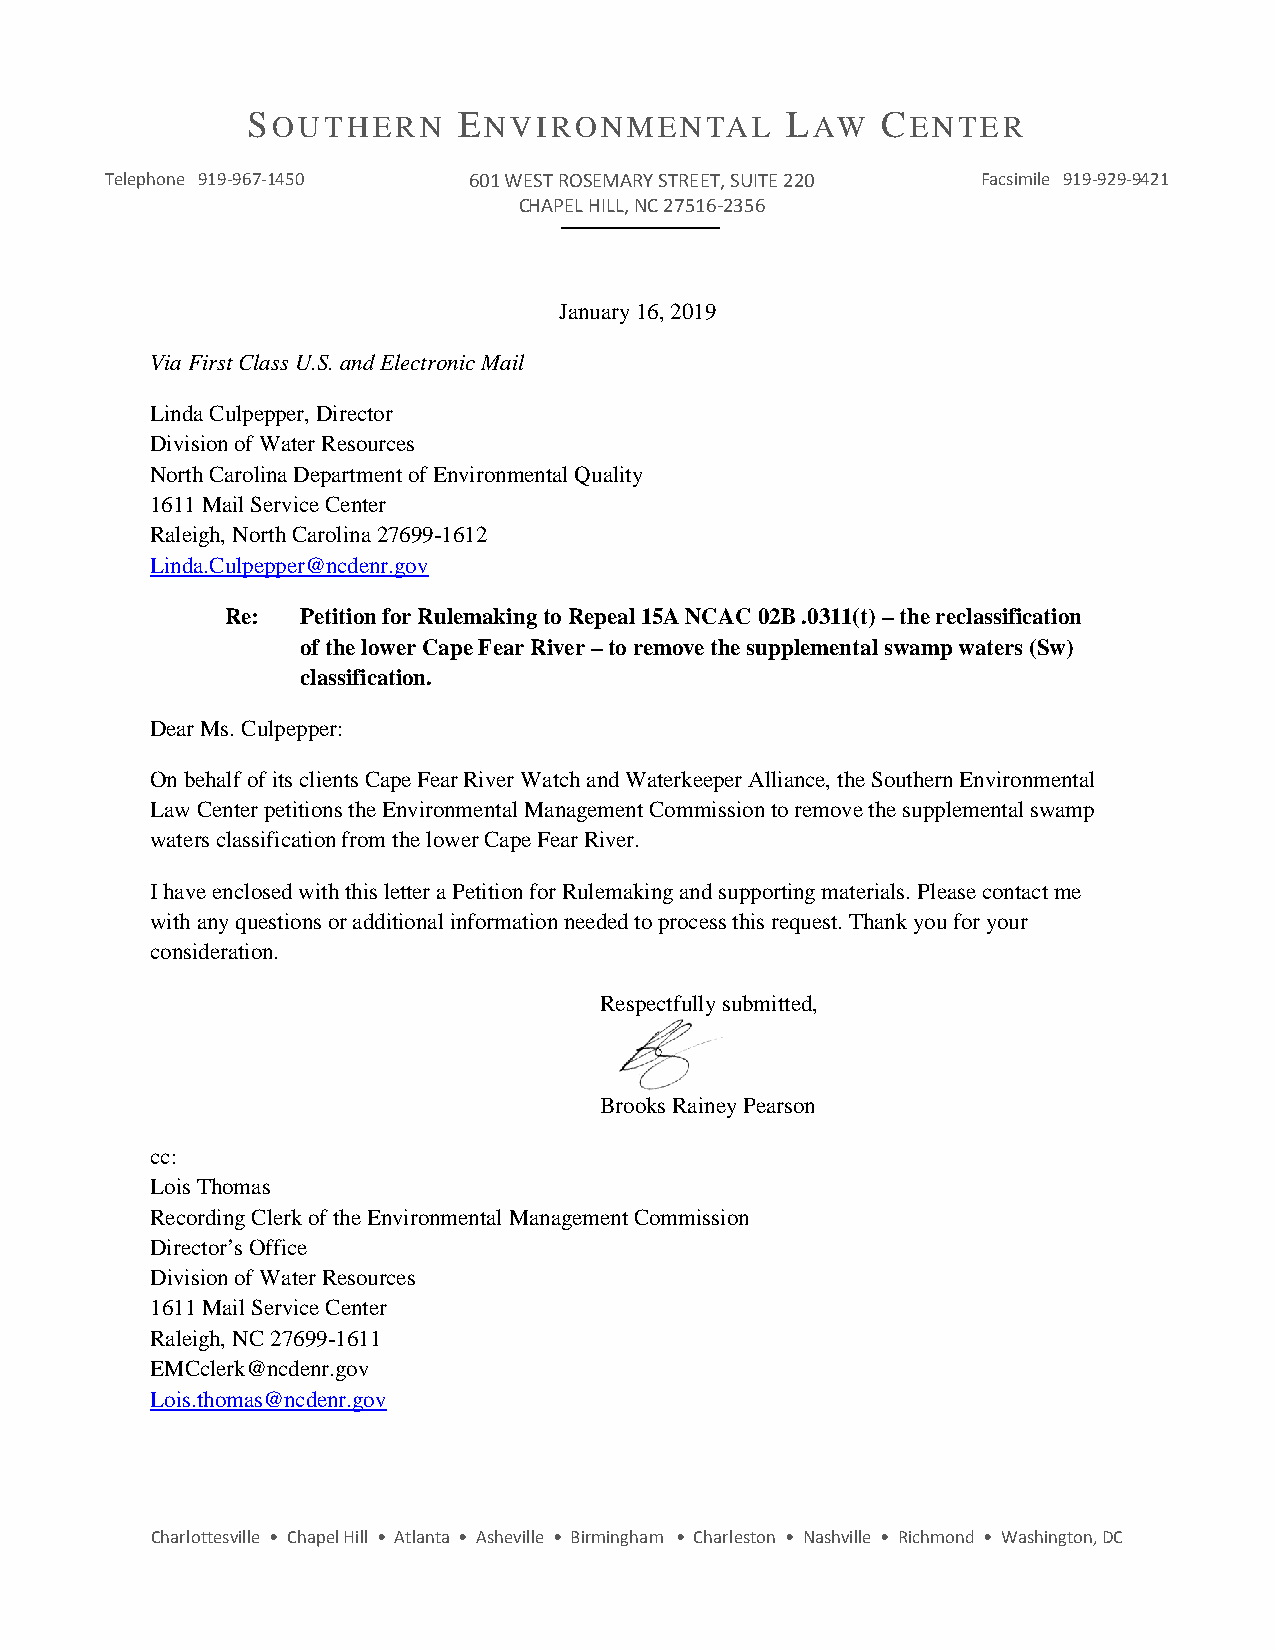
SOUTHERN      ENVIRONMENTAL         LAW   CENTER
 Telephone 919-967-1450  601 WEST ROSEMARY STREET, SUITE 220 Facsimile 919-929-9421
 CHAPEL HILL, NC 27516-2356
 January 16, 2019
 Via First Class U.S. and Electronic Mail
 Linda Culpepper, Director
 Division of Water Resources
 North Carolina Department of Environmental Quality
 1611 Mail Service Center
 Raleigh, North Carolina 27699-1612
 Linda.Culpepper@ncdenr.gov
 Re:  Petition for Rulemaking to Repeal 15A NCAC 02B .0311(t) – the reclassification
 of the lower Cape Fear River – to remove the supplemental swamp waters (Sw)
 classification.
 Dear Ms. Culpepper:
 On behalf of its clients Cape Fear River Watch and Waterkeeper Alliance, the Southern Environmental
 Law Center petitions the Environmental Management Commission to remove the supplemental swamp
 waters classification from the lower Cape Fear River.
 I have enclosed with this letter a Petition for Rulemaking and supporting materials. Please contact me
 with any questions or additional information needed to process this request. Thank you for your
 consideration.
 Respectfully submitted,
 Brooks Rainey Pearson
 cc:
 Lois Thomas
 Recording Clerk of the Environmental Management Commission
 Director’s Office
 Division of Water Resources
 1611 Mail Service Center
 Raleigh, NC 27699-1611
 EMCclerk@ncdenr.gov
 Lois.thomas@ncdenr.gov
 Charlottesville • Chapel Hill • Atlanta • Asheville • Birmingham • Charleston • Nashville • Richmond • Washington, DC